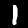
Label: 1